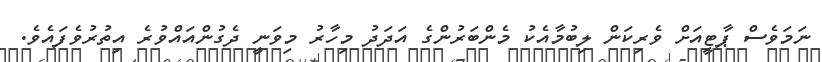
ނަމަވެސް ޕާޓީއަށް ވެރިކަން ލިބުމާއެކު މެންބަރުންގެ އަދަދު މިހާރު މިވަނީ ދެގުންއައްވުރެ އިތުރުވެފައެވެ.